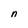
Character: n